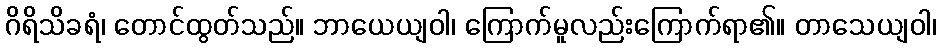
ဂိရိသိခရံ၊ တောင်ထွတ်သည်။ ဘာယေယျဝါ၊ ကြောက်မူလည်းကြောက်ရာ၏။ တာသေယျဝါ၊